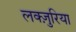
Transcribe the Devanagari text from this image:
लक्ज़ुरिया